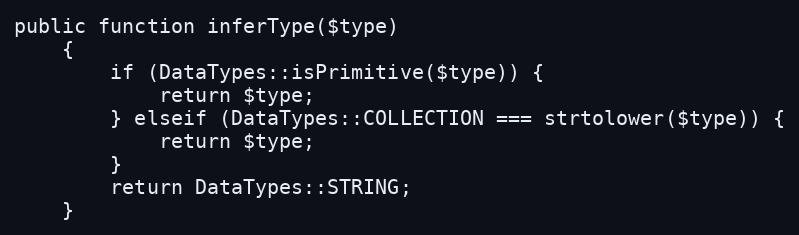
Language: PHP
public function inferType($type)
    {
        if (DataTypes::isPrimitive($type)) {
            return $type;
        } elseif (DataTypes::COLLECTION === strtolower($type)) {
            return $type;
        }
        return DataTypes::STRING;
    }